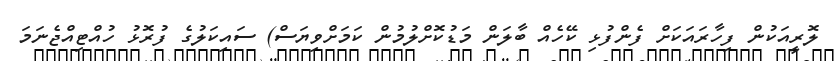
ލޮރީއަކުން ފިހާރައަކަށް ފެންފުޅި ކޭހެއް ބާލަން މަޑުކޮށްލުމުން ކަމަށްވިޔަސް) ސައިކަލުގެ ފުރޮޅު ހުއްޓިއްޖެނަމަ